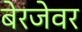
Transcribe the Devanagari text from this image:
बेरजेवर